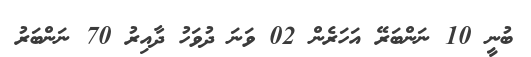
ބުނީ 10 ނަންބަރޭ އަހަރެން 02 ވަނަ ދުވަހު ދާއިރު 70 ނަންބަރު